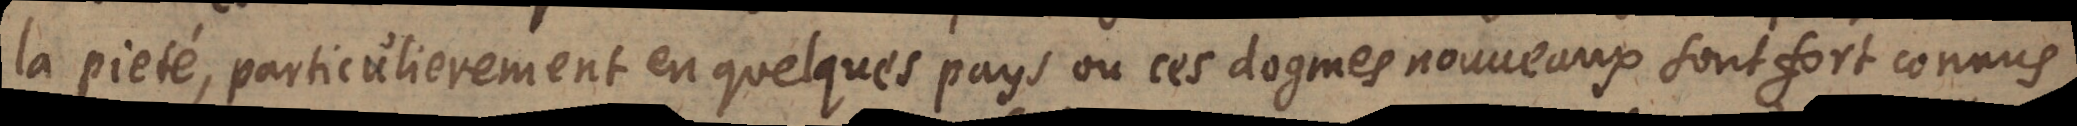
la pieté, particulierement en quelques pays où ces dogmes sont fort connus